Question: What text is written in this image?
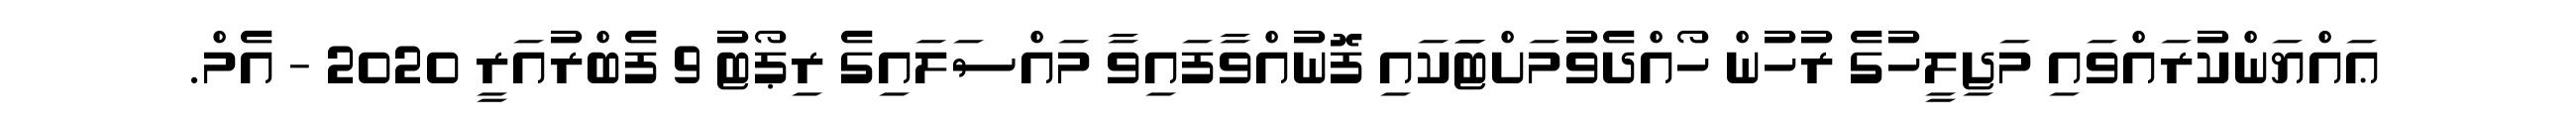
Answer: ޢައްޔަންކުރައްވައި މަޖިލީހުގެ ރުހުން ހޯއްދެވުމަށްޓަަކައި ފޮނުއްވާފައިވާ މައްސަލައިގެ ރިޕޯޓު 9 ފެބްރުއަރީ 2020 - އެމް.